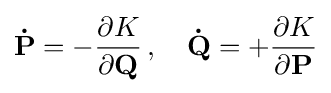
\mathbf {\dot {P}} =-{\frac {\partial K}{\partial \mathbf {Q} }}\,,\quad \mathbf {\dot {Q}} =+{\frac {\partial K}{\partial \mathbf {P} }}